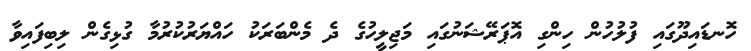
ހޮނޑައިދޫގައި ފުލުހުން ހިންގި އޮޕަރޭޝަނުގައި މަޖިލީހުގެ ދެ މެންބަރަކު ހައްޔަރުކުރުމާ ގުޅިގެން ލިބިފައިވާ